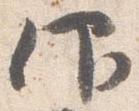
仰